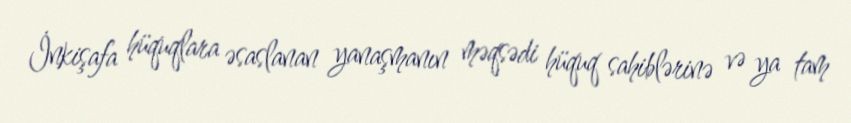
İnkişafa hüquqlara əsaslanan yanaşmanın məqsədi hüquq sahiblərinə və ya tam